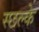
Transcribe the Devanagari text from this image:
स्छल्के